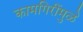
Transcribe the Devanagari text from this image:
कामगिरींमुळे